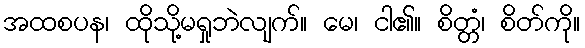
အထစပန၊ ထိုသို့မရှုဘဲလျက်။ မေ၊ ငါ၏။ စိတ္တံ၊ စိတ်ကို။